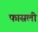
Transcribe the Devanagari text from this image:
फासली